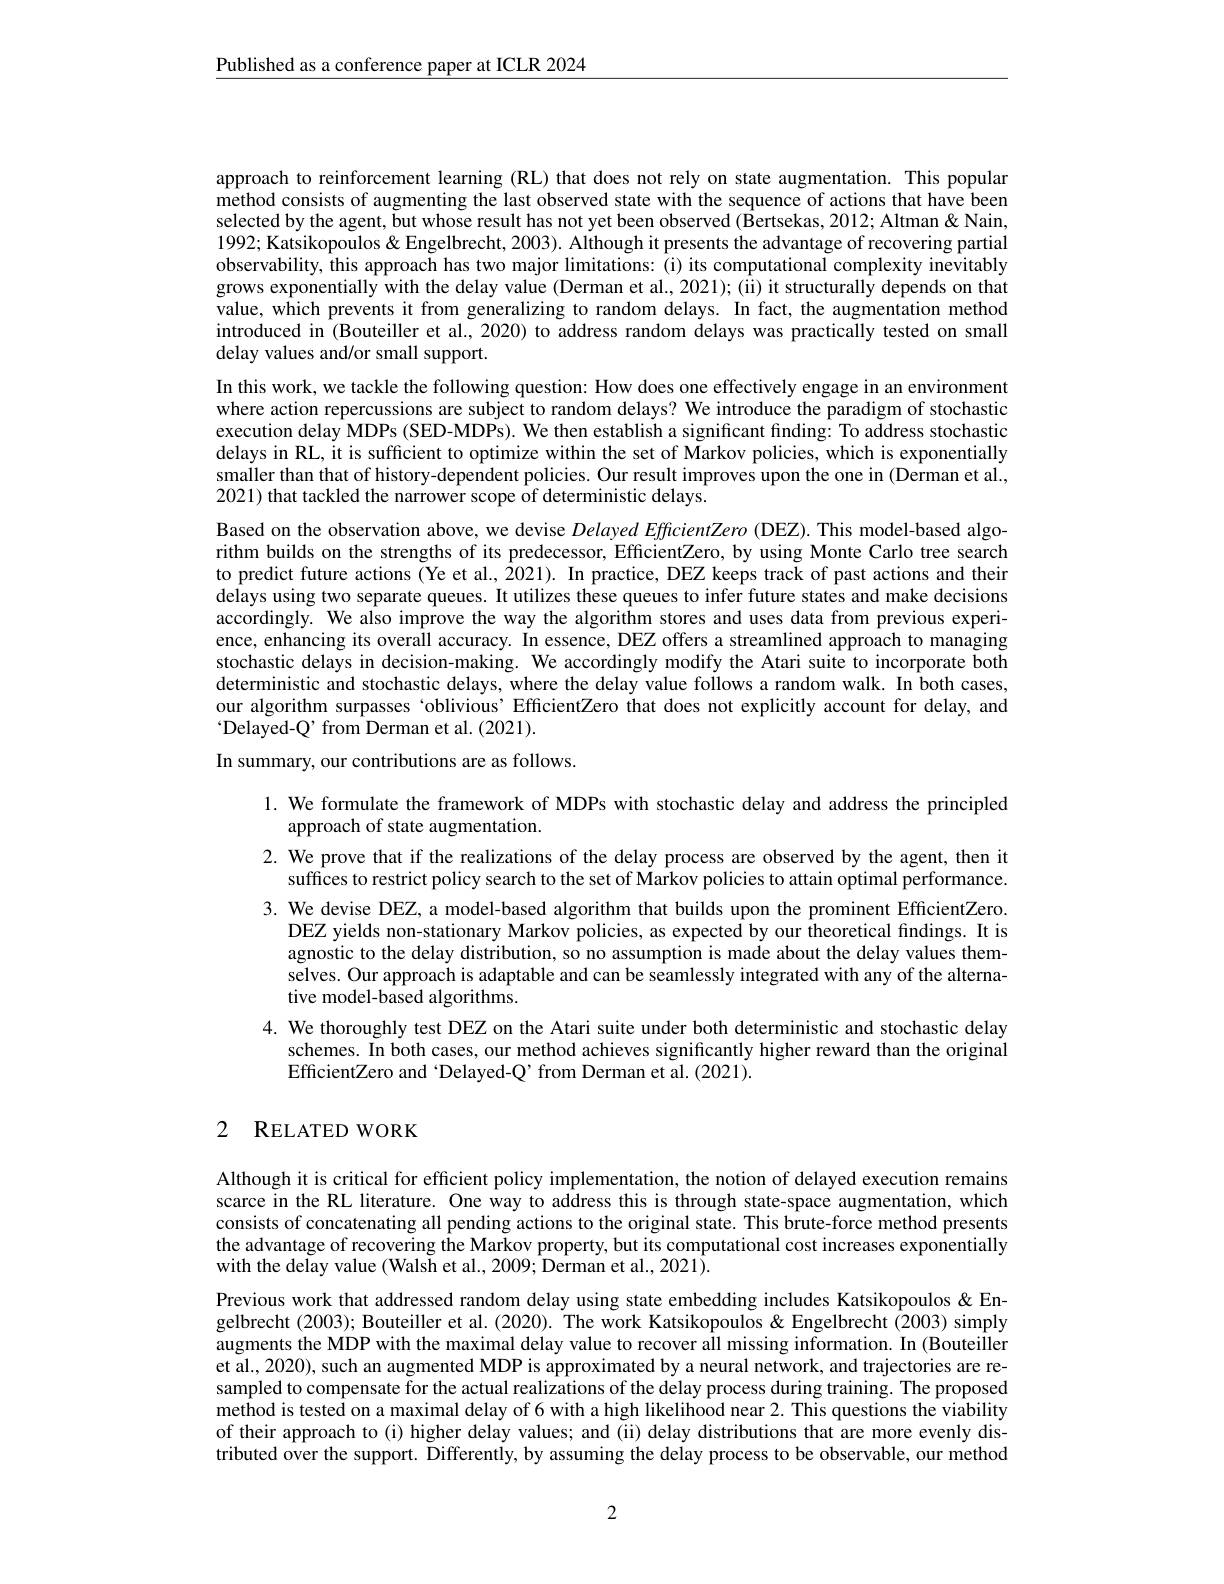
$\underline{\text{Published as a conference paper at ICLR 2024}}$

approach to reinforcement learning (RL) that does not rely on state augmentation. This popular method consists of augmenting the last observed state with the sequence of actions that have been selected by the agent, but whose result has not yet been observed ( {Âertsekas, 2012; Altman&Nain, 1992; Katsikopoulos $\&$ Engelbrecht, 2003). Although it presents the advantage of recovering partial observability, this approach has two major limitations: (i) its computational complexity inevitably grows exponentially with the delay value (Derman et al., 2021); (ii) it structurally depends on that value, which prevents it from generalizing to random delays. In fact, the augmentation method introduced in (Bouteiller et al., 2020) to address random delays was practically tested on small delay values and/or small support.
In this work, we tackle the following question: How does one effectively engage in an environment where action repercussions are subject to random delays? We introduce the paradigm of stochastic execution delay MDPs (SED-MDPs). We then establish a significant finding: To address stochastic delays in RL, it is sufficient to optimize within the set of Markov policies, which is exponentially smaller than that of history-dependent policies. Our result improves upon the one in (Derman et al., 2021) that tackled the narrower scope of deterministic delays.
Based on the observation above, we devise Delayed EfficientZero (DEZ). This model-based algorithm builds on the strengths of its predecessor, EfficientZero, by using Monte Carlo tree search to predict future actions (Ye et al., $\hat{2}021).$ In practice, DEZ keeps track of past actions and their delays using two separate queues. It utilizes these queues to infer future states and make decisions accordingly. We also improve the way the algorithm stores and uses data from previous experience, enhancing its overall accuracy. In essence, DEZ offers a streamlined approach to managing stochastic delays in decision-making. We accordingly modify the Atari suite to incorporate both deterministic and stochastic delays, where the delay value follows a random walk. In both cases, our algorithm surpasses ‘oblivious’EfficientZero that does not explicitly account for delay, and $`$Delayed-Q' from Derman et al.(2021).
In summary, our contributions are as follows.

1. We formulate the framework of MDPs with stochastic delay and address the principled
approach of state augmentation.
2. We prove that if the realizations of the delay process are observed by the agent, then it
suffices to restrict policy search to the set of Markov policies to attain optimal performance. 3. We devise DEZ, a model-based algorithm that builds upon the prominent EfficientZero.
DEZ yields non-stationary Markov policies, as expected by our theoretical findings. It is agnostic to the delay distribution, so no assumption is made about the delay values themselves. Our approach is adaptable and can be seamlessly integrated with any of the alternative model-based algorithms.
4. We thoroughly test DEZ on the Atari suite under both deterministic and stochastic delay
schemes. In both cases, our method achieves significantly higher reward than the original
EfficientZero and 'Delayed-Q' from Derman et al.(2021).

## 2 $\mathbf{R}$ELATED WORK

Although it is critical for efficient policy implementation, the notion of delayed execution remains scarce in the RL literature. One way to address this is through state-space augmentation, which consists of concatenating all pending actions to the original state. This brute-force method presents the advantage of recovering the Markov property, but its computational cost increases exponentially with the delay value (Walsh et al., 2009; Derman et al., 2021).
Previous work that addressed random delay using state embedding includes Katsikopoulos &Engelbrecht (2003); Bouteiller et al. (2020). The work Katsikopoulos&Engelbrecht (2003) simply augments the MDP with the maximal delay value to recover all missing information. In (Bouteiller et al., 2020), such an augmented MDP is approximated by a neural network, and trajectories aresampled to compensate for the actual realizations of the delay process during training. The proposed method is tested on a maximal delay of 6 with a high likelihood near 2. This questions the viability of their approach to (i) higher delay values; and (ii) delay distributions that are more evenly distributed over the support. Differently, by assuming the delay process to be observable, our method

2